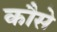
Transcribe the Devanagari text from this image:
कौसे